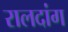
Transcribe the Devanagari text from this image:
रालदांग